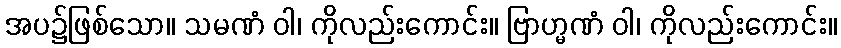
အပ၌ဖြစ်သော။ သမဏံ ဝါ၊ ကိုလည်းကောင်း။ ဗြာဟ္မဏံ ဝါ၊ ကိုလည်းကောင်း။